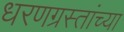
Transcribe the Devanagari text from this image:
धरणग्रस्तांच्या